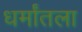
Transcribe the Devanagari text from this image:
धर्मांतला